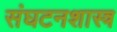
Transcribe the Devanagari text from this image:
संघटनशास्त्र